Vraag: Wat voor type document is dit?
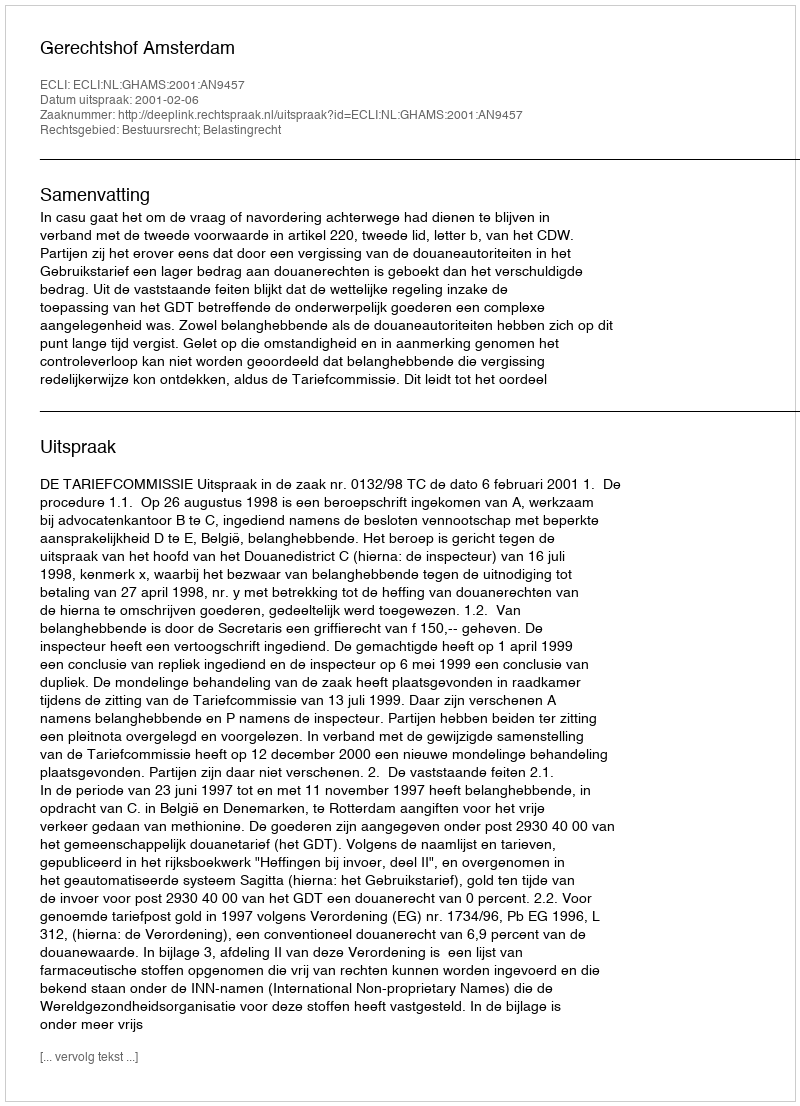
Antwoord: Uitspraak